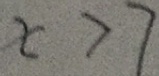
x > 7